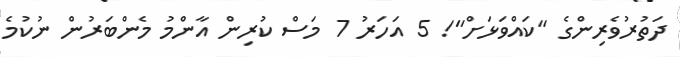
ދަތުރުވެރިންގެ "ކައްވަޅަށް"! 5 އަހަރު 7 މަސް ކުރިން އާންމު މެންބަރުން ނުކުމެ